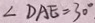
\angle D A E = 3 0 ^ { \circ } .